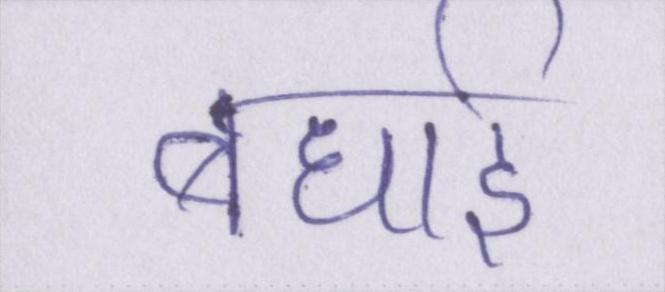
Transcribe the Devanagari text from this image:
बधाई